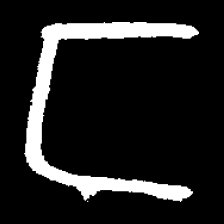
Pyu character \u2014 Myanmar letter: င (romanized: nga)